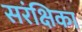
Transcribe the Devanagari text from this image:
सरंक्षिका